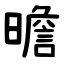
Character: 曕